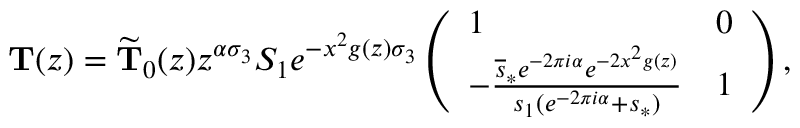
\mathbf { T } ( z ) = \widetilde { \mathbf { T } } _ { 0 } ( z ) z ^ { \alpha \sigma _ { 3 } } S _ { 1 } e ^ { - x ^ { 2 } g ( z ) \sigma _ { 3 } } \left( \begin{array} { l l } { 1 } & { 0 } \\ { - \frac { \overline { { s } } _ { * } e ^ { - 2 \pi i \alpha } e ^ { - 2 x ^ { 2 } g ( z ) } } { s _ { 1 } ( e ^ { - 2 \pi i \alpha } + s _ { * } ) } } & { 1 } \end{array} \right) ,